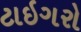
ટાઇગરો